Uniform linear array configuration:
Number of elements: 12
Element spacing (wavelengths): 1
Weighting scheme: cosine
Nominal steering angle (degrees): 60
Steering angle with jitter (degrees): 61.792
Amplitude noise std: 0.05
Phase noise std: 0.05

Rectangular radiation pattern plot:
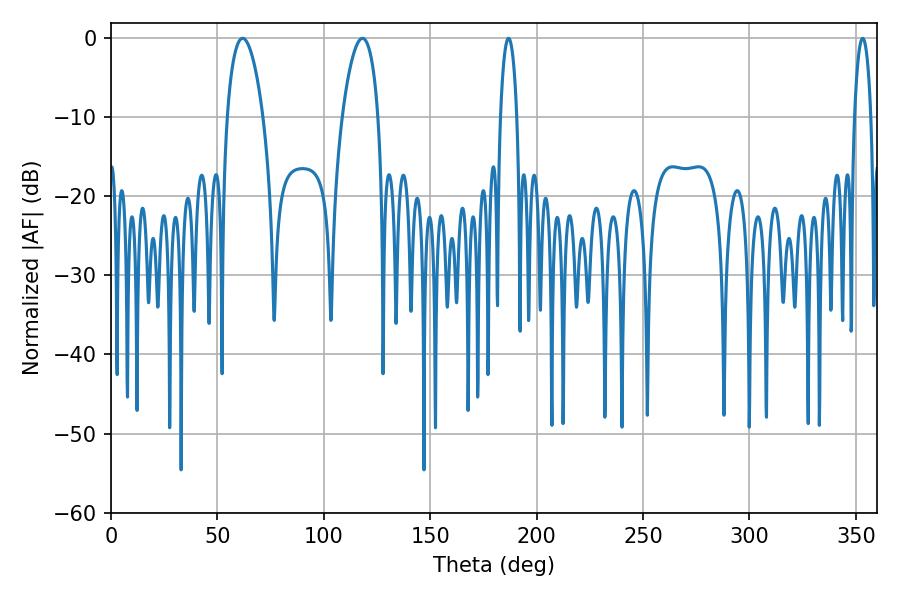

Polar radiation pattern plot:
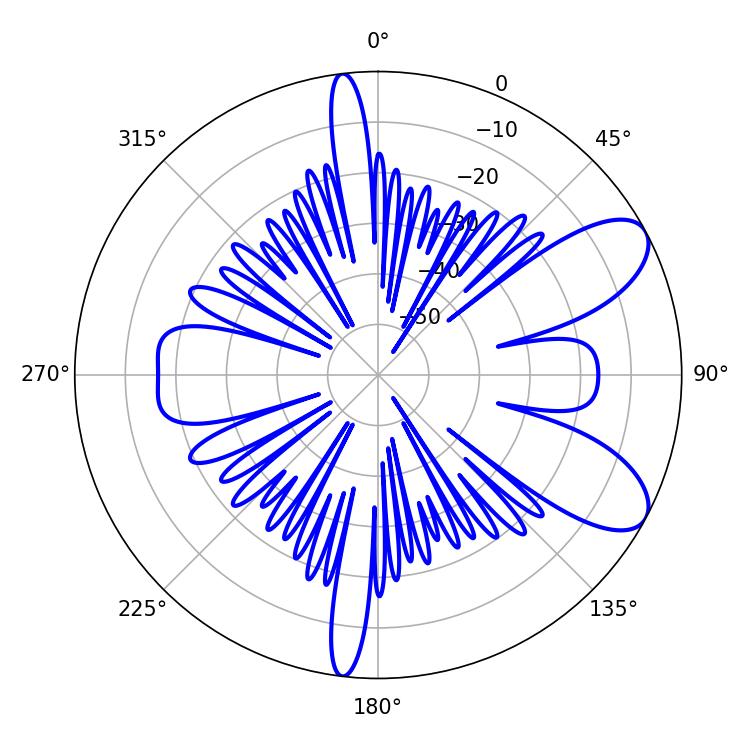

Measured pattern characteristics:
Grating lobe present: TRUE
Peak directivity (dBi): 8.448
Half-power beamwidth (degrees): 9.54
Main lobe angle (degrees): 61.92